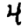
Digit: 4